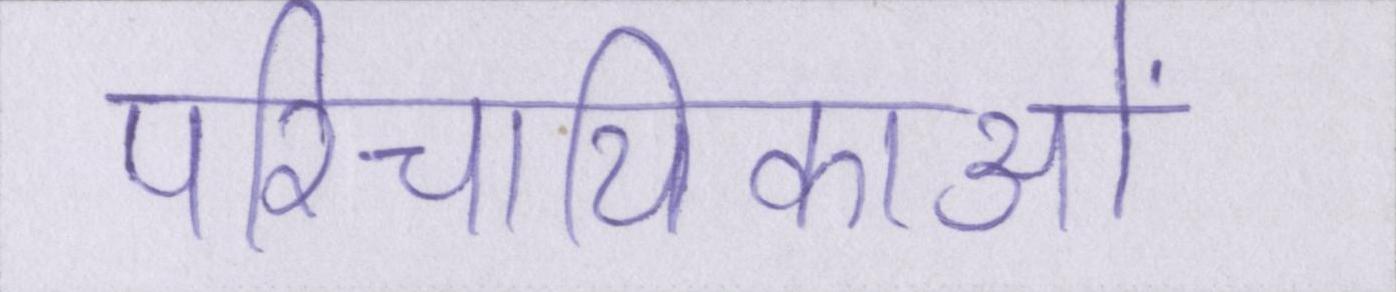
परिचायिकाओं